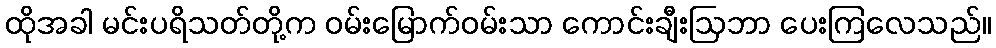
ထိုအခါ မင်းပရိသတ်တို့က ဝမ်းမြောက်ဝမ်းသာ ကောင်းချီးဩဘာ ပေးကြလေသည်။